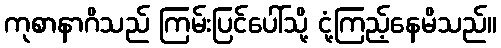
ကုစာနာဂိသည် ကြမ်းပြင်ပေါ်သို့ ငုံ့ကြည့်နေမိသည်။